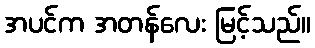
အပင်က အတန်လေး မြင့်သည်။